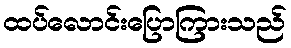
ထပ်လောင်းပြောကြားသည်